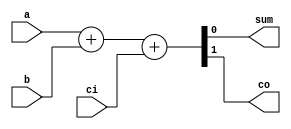
module addbit (
a      , // first input
b      , // Second input
ci     , // Carry input
sum    , // sum output
co       // carry output
);
//Input declaration
input a;
input b;
input ci;
//Ouput declaration
output sum;
output co;
//Port Data types
wire  a;
wire  b;
wire  ci;
wire  sum;
wire  co;
//Code starts here
assign {co,sum} = a + b + ci;

endmodule // End of Module addbit